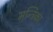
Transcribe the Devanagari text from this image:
मन्त्रिका